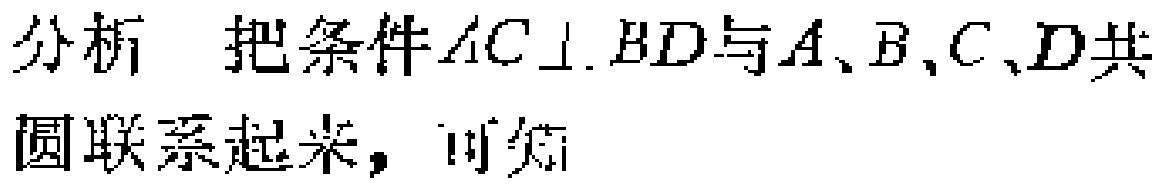
分析 把条件$AC\perp BD$与$A、B、C、D$共圆联系起来，可